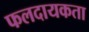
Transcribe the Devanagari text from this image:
फलदायकता